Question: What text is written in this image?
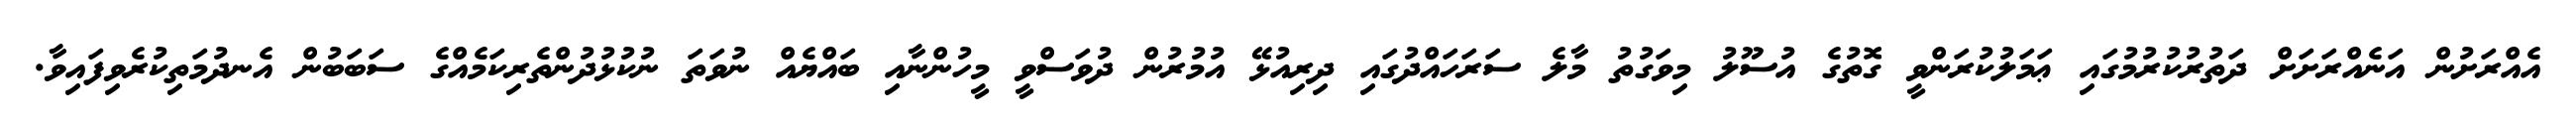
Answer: އެއްރަށުން އަނެއްރަށަށް ދަތުރުކުރުމުގައި ޢަމަލުކުރަންވީ ގޮތުގެ އުސޫލު މިވަގުތު މާލެ ސަރަހައްދުގައި ދިރިއުޅޭ އުމުރުން ދުވަސްވީ މީހުންނާއި ބައްޔެއް ނުވަތަ ނުކުޅުދުންތެރިކަމެއްގެ ސަބަބުން އެނދުމަތިކުރެވިފައިވާ.